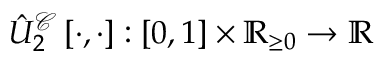
\hat { U } _ { 2 } ^ { \mathcal { C } } \left[ \cdot , \cdot \right] : \left[ 0 , 1 \right] \times \mathbb { R } _ { \ge 0 } \rightarrow \mathbb { R }